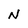
Character: N